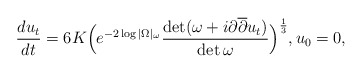
\begin{align*} \frac{du_t}{dt} = 6K \Big(e^{-2 \log |\Omega|_{\omega}} \frac{\det (\omega + i \partial \overline{\partial} u_t)}{\det \omega} \Big)^\frac{1}{3}, u_0 = 0,\end{align*}